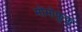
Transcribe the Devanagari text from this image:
मोमोफुकु